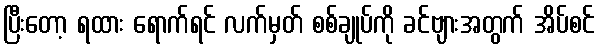
ပြီးတော့ ရထား ရောက်ရင် လက်မှတ် စစ်ချုပ်ကို ခင်ဗျားအတွက် အိပ်စင်